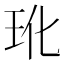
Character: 𬍕